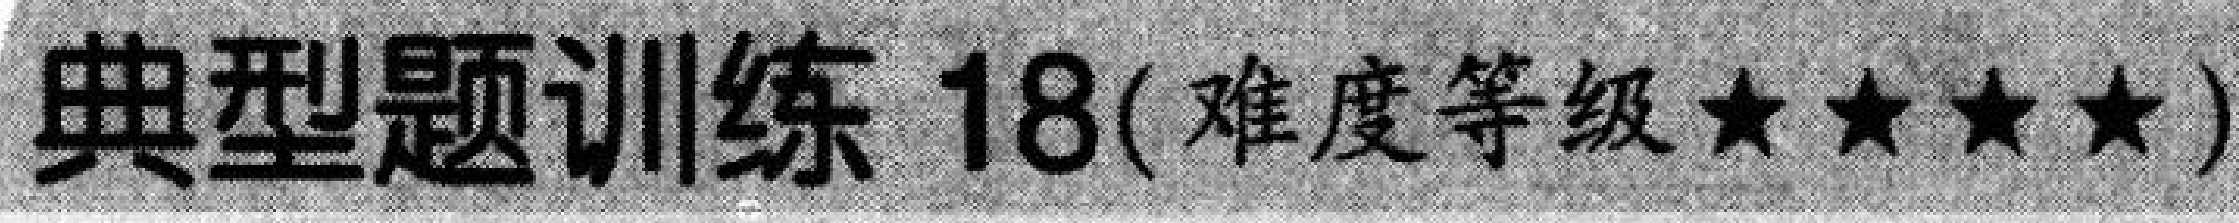
典型题训练 \(18\)(难度等级\(\star\star\star\star\))